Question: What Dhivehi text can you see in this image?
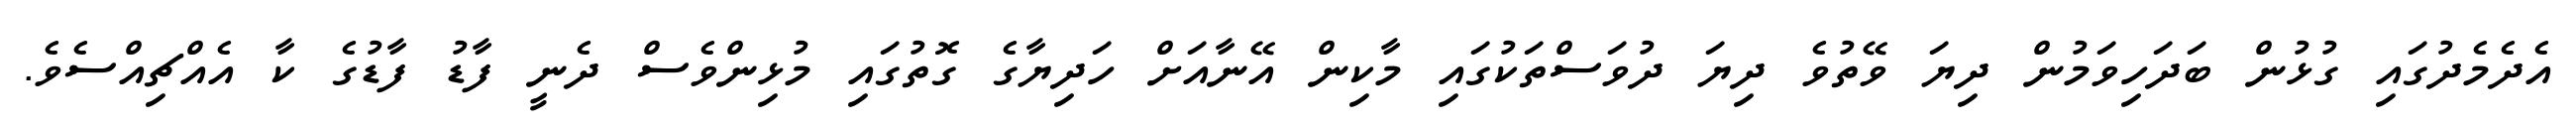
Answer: އެދެމެދުގައި ގުޅުން ބަދަހިވަމުން ދިޔަ ވޭތުވެ ދިޔަ ދުވަސްތަކުގައި މާކިން އޭނާއަށް ހަދިޔާގެ ގޮތުގައި މުޅިންވެސް ދެނީ ފާޑު ފާޑުގެ ކާ އެއްޗިއްސެވެ.